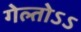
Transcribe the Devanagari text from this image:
गेल्तोऽऽ